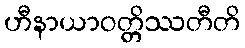
ဟီနာယာဝတ္တိဿတီတိ